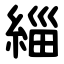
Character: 緇